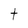
Character: t